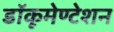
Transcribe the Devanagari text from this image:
डॉकूमेण्टेशन